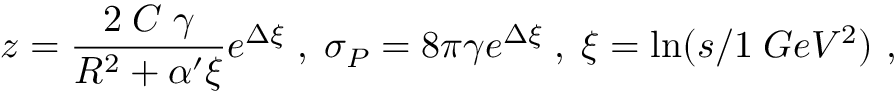
z = \frac { 2 \; C \; \gamma } { R ^ { 2 } + \alpha ^ { \prime } \xi } e ^ { \Delta \xi } \; , \; \sigma _ { P } = 8 \pi \gamma e ^ { \Delta \xi } \; , \; \xi = \ln ( s / 1 \; G e V ^ { 2 } ) \ ,